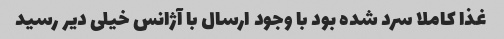
غذا کاملا سرد شده بود با وجود ارسال با آژانس خیلی دیر رسید